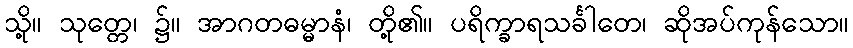
သို့။ သုတ္တေ၊ ၌။ အာဂတဓမ္မာနံ၊ တို့၏။ ပရိက္ခာရသင်္ခါတေ၊ ဆိုအပ်ကုန်သော။